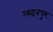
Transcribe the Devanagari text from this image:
लदनपुर